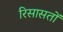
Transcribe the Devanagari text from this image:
रिसासतों